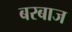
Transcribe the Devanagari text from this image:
बरबाज